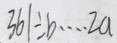
3 6 1 \div b \cdots 2 a